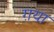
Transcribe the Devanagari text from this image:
ग़या